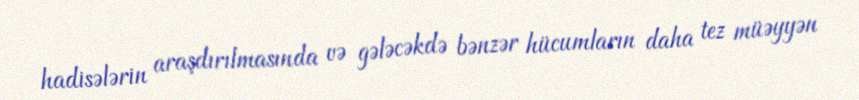
hadisələrin araşdırılmasında və gələcəkdə bənzər hücumların daha tez müəyyən